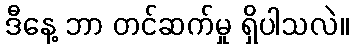
ဒီနေ့ ဘာ တင်ဆက်မှု ရှိပါသလဲ။